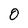
Character: 0